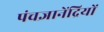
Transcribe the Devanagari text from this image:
पंचज्ञानेंद्रियों